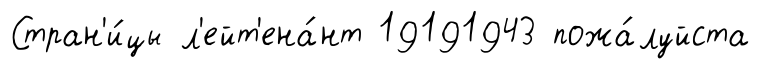
Стран'и́цы л'ейт'ена́нт 19191943 пожа́луйста